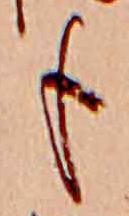
も